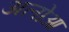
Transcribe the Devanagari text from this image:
अलोआ